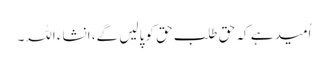
اُمید ہے کہ حق طلب حق کو پالیں گے، انشاء اللہ۔